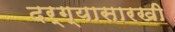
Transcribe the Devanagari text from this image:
दर्ग्यासारखी